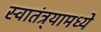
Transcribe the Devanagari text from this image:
स्वातंत्र्यामध्ये